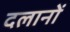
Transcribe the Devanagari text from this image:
दलानों